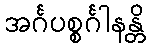
အင်္ဂပစ္စင်္ဂါနန္တိ